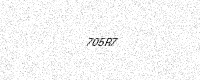
Text: 705R7